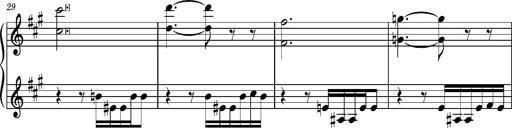
Title: La mandragore
Composer: Franz Liszt